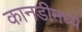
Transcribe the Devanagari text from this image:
कानडीमध्ये